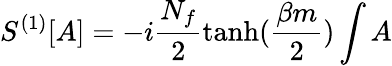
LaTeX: S^{(1)}[A]=-i\frac{N_{f}}{2}\operatorname{tanh}(\frac{\beta m}{2})\int A